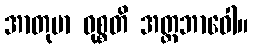
အာတုမာ ဝုစ္စတိ အတ္တဘာဝေါ။